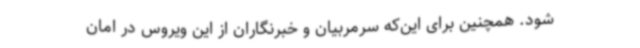
شود. همچنین برای این‌که سرمربیان و خبرنگاران از این ویروس در امان